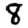
Digit: 8